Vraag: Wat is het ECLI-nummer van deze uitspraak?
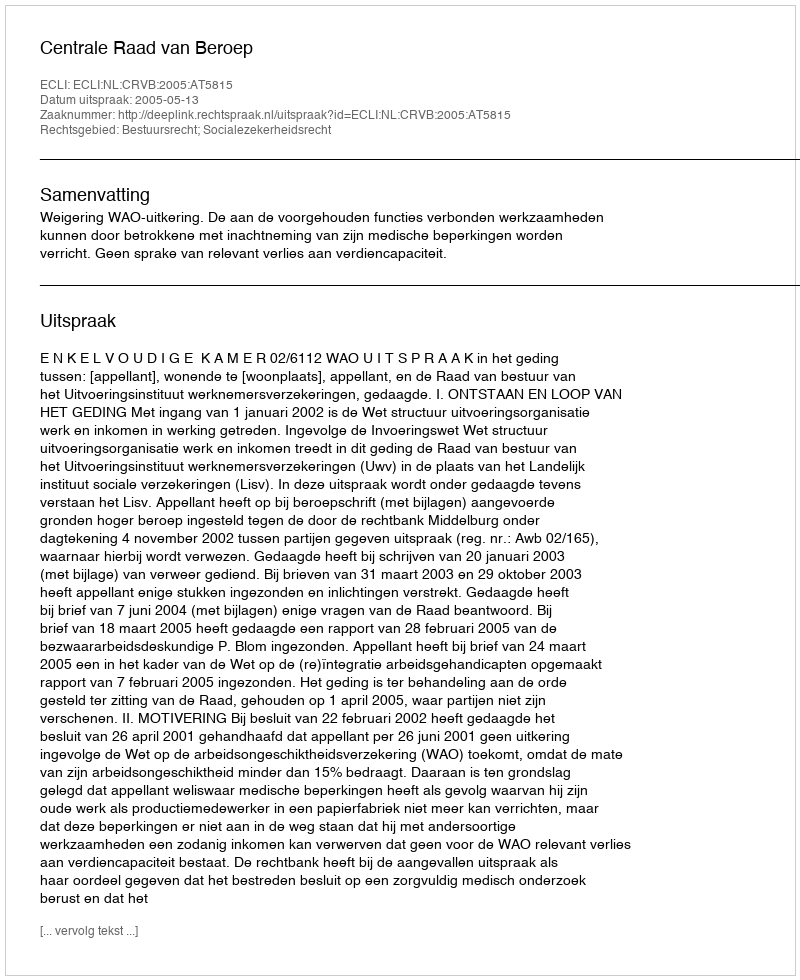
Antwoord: ECLI:NL:CRVB:2005:AT5815